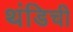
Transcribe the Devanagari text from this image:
थंडिची